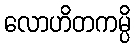
လောဟိတကမ္ပိ